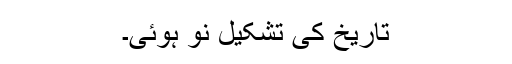
تاریخ کی تشکیلِ نو ہوئی۔